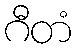
ဂီတံ